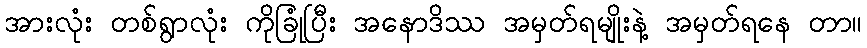
အားလုံး တစ်ရွာလုံး ကိုခြုံပြီး အနောဒိဿ အမှတ်ရမျိုးနဲ့ အမှတ်ရနေ တာ။